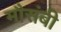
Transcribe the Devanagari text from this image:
मौसंबी